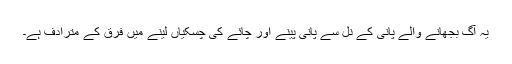
یہ آگ بجھانے والے پانی کے نل سے پانی پینے اور چائے کی چسکیاں لینے میں فرق کے مترادف ہے۔